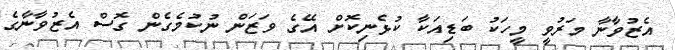
އެޒުވާނާ މަރުވީ މީހަކު ބަޑިއަކާ ކުޅެނިކޮށް އޭގެ ވަޒަން ނުކުމެގެން ގޮސް އެޒުވާނާގެ